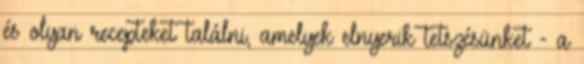
és olyan recepteket találni, amelyek elnyerik tetszésünket - a